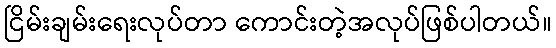
ငြိမ်းချမ်းရေးလုပ်တာ ကောင်းတဲ့အလုပ်ဖြစ်ပါတယ်။